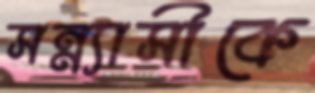
সন্ন্যাসীকে